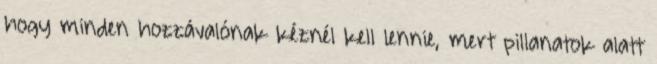
hogy minden hozzávalónak kéznél kell lennie, mert pillanatok alatt